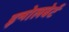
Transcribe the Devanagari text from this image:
इन्गेलबेर्ट